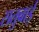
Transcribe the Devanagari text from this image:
सतुबाई